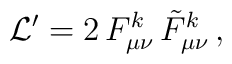
{\cal L}' = 2\,F^{k}_{\mu \nu}\,\tilde{F}^{k}_{\mu \nu}\, ,